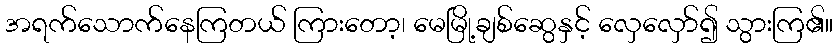
အရက်သောက်နေကြတယ် ကြားတော့၊ မေမြို့ချစ်ဆွေနှင့် လှေလှော်၍ သွားကြ၏။